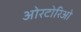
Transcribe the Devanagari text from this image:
ओरटोरिओ